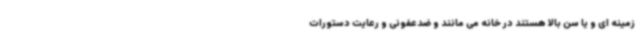
زمینه ای و یا سن بالا هستند در خانه می مانند و ضدعفونی و رعایت دستورات